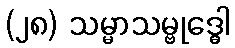
(၂၈) သမ္မာသမ္ဗုဒ္ဓေါ